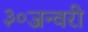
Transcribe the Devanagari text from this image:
३०जन्वरी